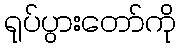
ရုပ်ပွားတော်ကို